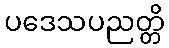
ပဒေသပညတ္တိ